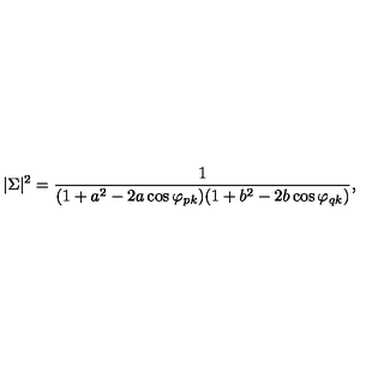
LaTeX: | \Sigma | ^ { 2 } = { \frac { 1 } { ( 1 + a ^ { 2 } - 2 a \cos \varphi _ { p k } ) ( 1 + b ^ { 2 } - 2 b \cos \varphi _ { q k } ) } } ,